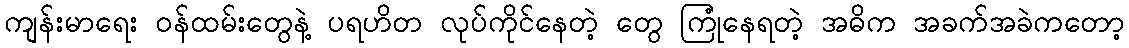
ကျန်းမာရေး ဝန်ထမ်းတွေနဲ့ ပရဟိတ လုပ်ကိုင်နေတဲ့ တွေ ကြုံနေရတဲ့ အဓိက အခက်အခဲကတော့